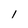
Character: l